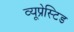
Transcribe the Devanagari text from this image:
व्यूप्रेस्टिड